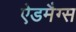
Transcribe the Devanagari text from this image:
ऐडमैग्स